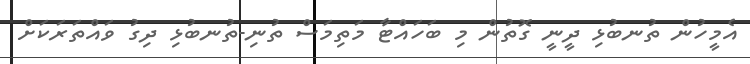
އެމީހުން ތުނބުޅި ދީނީ ގޮތުން މި ބަހައްޓާ މަތިމަސް ތުނި-ތުނބުޅި ދިގު ވައްތަރަކަށް